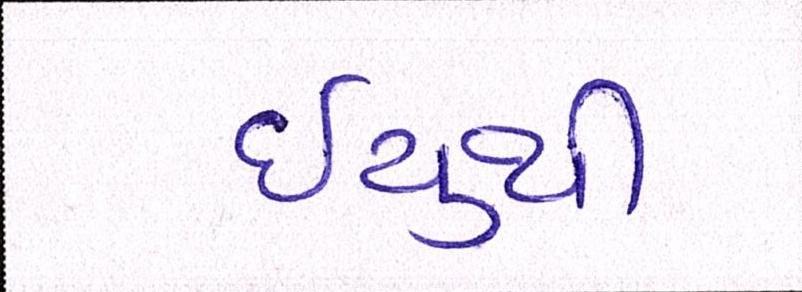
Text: ઇયુથી